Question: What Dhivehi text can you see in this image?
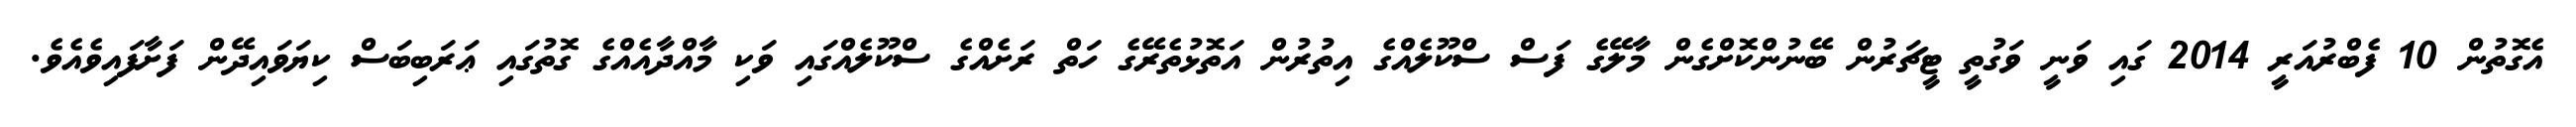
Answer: އެގޮތުން 10 ފެބްރުއަރީ 2014 ގައި ވަނީ ވަގުތީ ޓީޗަރުން ބޭނުންކޮށްގެން މާލޭގެ ފަސް ސްކޫލެއްގެ އިތުރުން އަތޮޅުތެރޭގެ ހަތް ރަށެއްގެ ސްކޫލެއްގައި ވަކި މާއްދާއެއްގެ ގޮތުގައި ޢަރަބިބަސް ކިޔަވައިދޭން ފަށާފައިވެއެވެ.